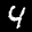
Label: 4